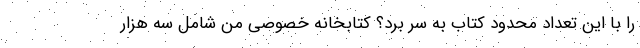
را با این تعداد محدود کتاب به سر برد؟ کتابخانه خصوصی من شامل سه هزار